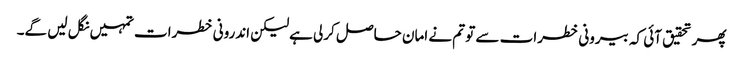
پھر تحقیق آئی کہ بیرونی خطرات سے تو تم نے امان حاصل کرلی ہےلیکن اندرونی خطرات تمہیں نگل لیں گے۔